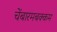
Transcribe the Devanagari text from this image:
चेंबारमबक्कम